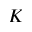
K